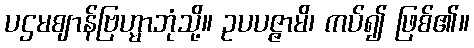
ပဌမဈာန်ဗြဟ္မာဘုံသို့။ ဥပပဇ္ဇာမိ၊ ကပ်၍ ဖြစ်၏။